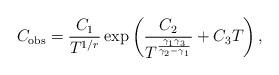
LaTeX: \begin{align*} C_{\mathrm{obs}} = \frac{C_1}{T^{1/r}} \exp \left(\frac{C_2}{T^{\frac{\gamma_1 \gamma_3}{\gamma_2 - \gamma_1}}} + C_3 T\right), \end{align*}